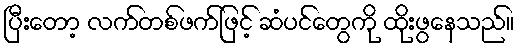
ပြီးတော့ လက်တစ်ဖက်ဖြင့် ဆံပင်တွေကို ထိုးဖွနေသည်။